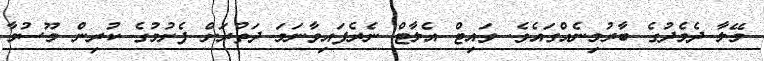
މޭލާ ދެމެދުގެ ބާރުމިނެއްގައެވެ. ވައިޓް އެލާޓް ނެރެފައިވާނަމަ ދަތުރަށް ފެށުމުގެ ކުރިން މޫސުމާ